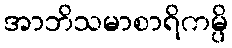
အာဘိသမာစာရိကမ္ပိ